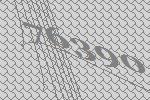
76390